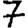
Digit: 7